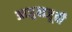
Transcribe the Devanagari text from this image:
आजुबाजूची